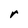
Character: r